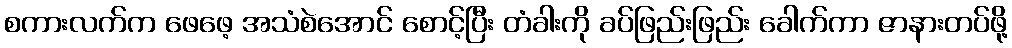
စကားလက်က ဖေဖေ့ အသံစဲအောင် စောင့်ပြီး တံခါးကို ခပ်ဖြည်းဖြည်း ခေါက်ကာ ဇာနားတပ်ဖို့